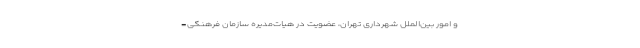
و امور بین‌الملل شهرداری تهران، عضویت در هیات‌مدیره سازمان فرهنگی-